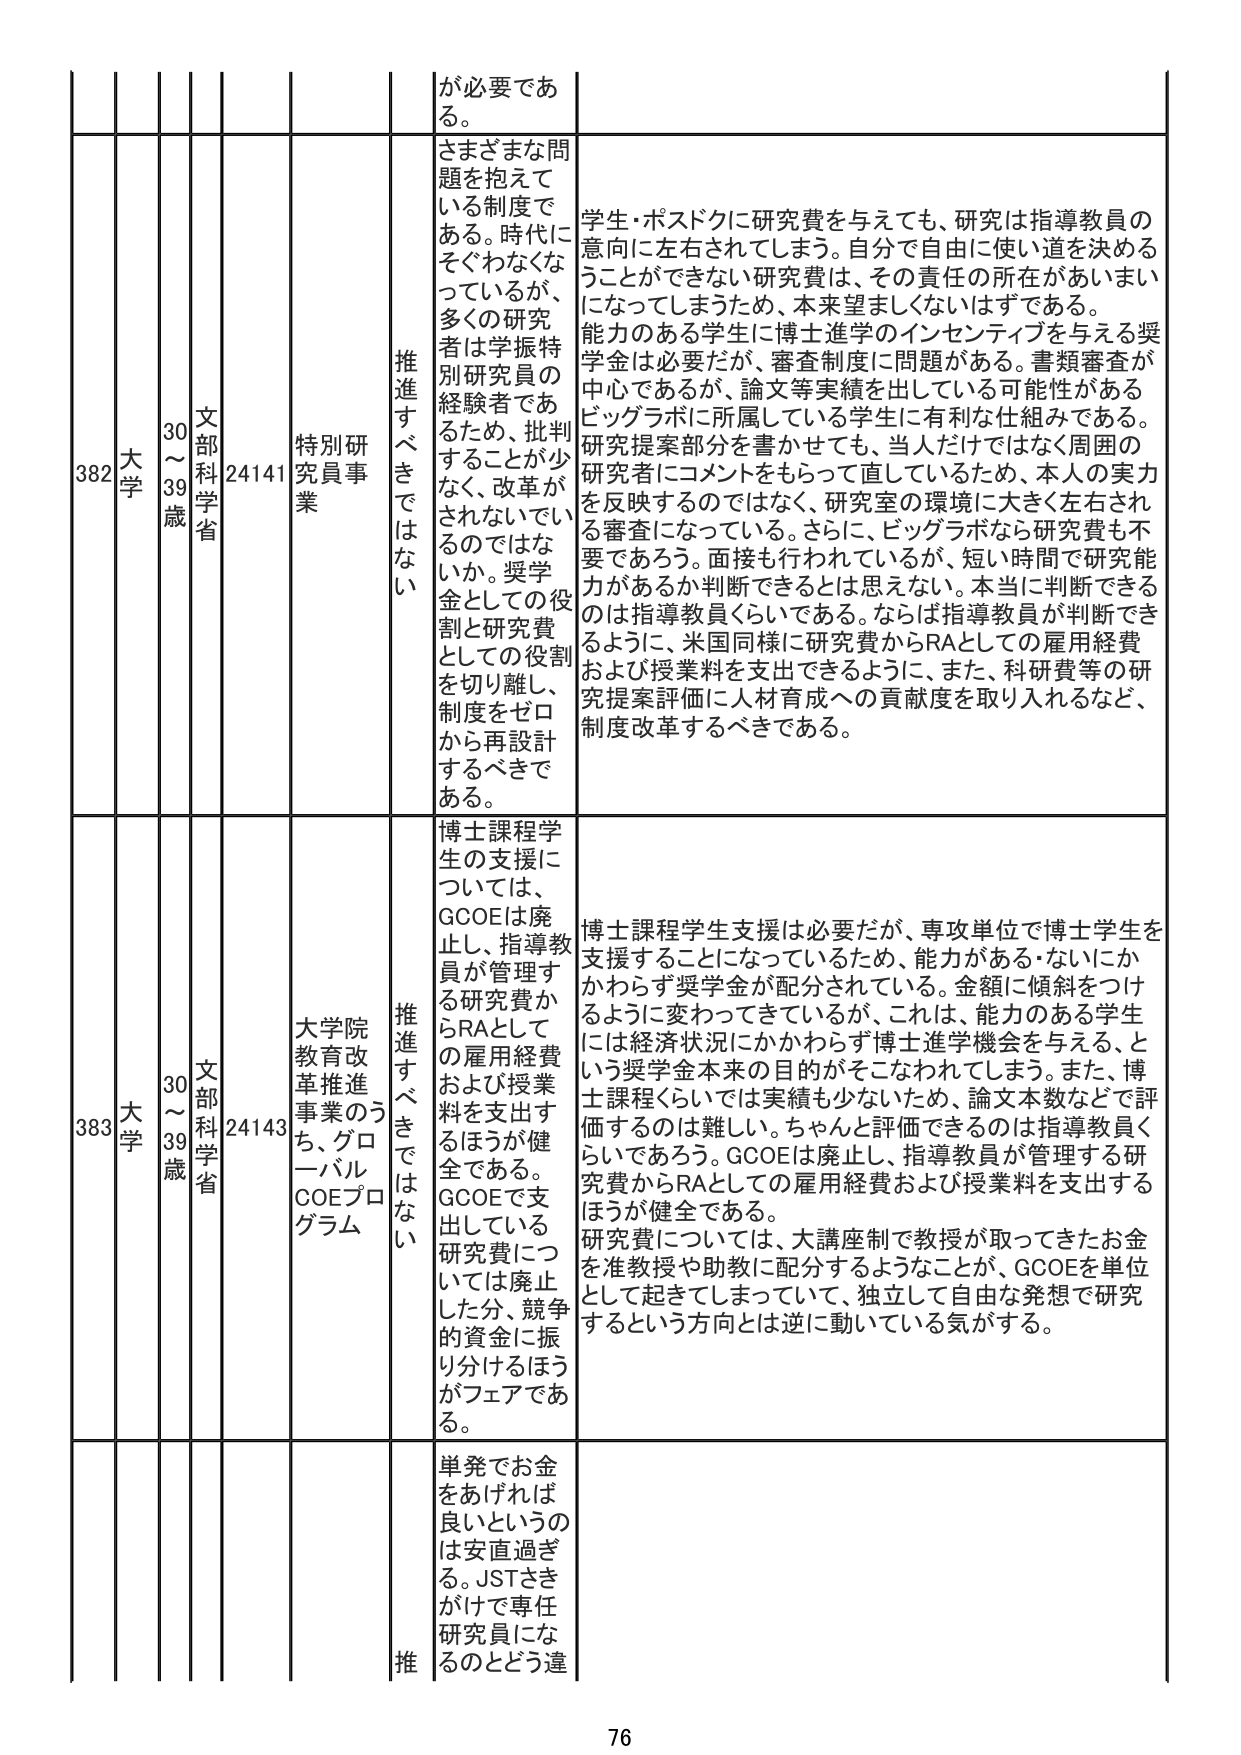
382 大学 30～39歳 文部科学省 24141 特別研究員事業 推進すべきではない さまざまな問題を抱えている制度である。時代にそぐわなくなっているが、多くの研究者は学振特別研究員の経験者であるため、批判することが少なく、改革がされないのではないか。奨学金としての役割と研究費としての役割を切り離し、制度をゼロから再設計するべきである。 学生・ポスドクに研究費を与えても、研究は指導教員の意向に左右されてしまう。自分で自由に使い道を決めることができない研究費は、その責任の所在があいまいになってしまうため、本来望ましくないはずである。能力のある学生に博士進学のインセンティブを与える奨学金は必要だが、審査制度に問題がある。書類審査が中心であるが、論文等実績を出している可能性があるビッグラボに所属している学生に有利な仕組みである。研究提案部分を書かせても、当人だけではなく周囲の研究者にコメントをもらって直しているため、本人の実力を反映するのではなく、研究室の環境に大きく左右される審査になっている。さらに、ビッグラボなら研究費も不要であろう。面接も行われているが、短い時間で研究能力があるか判断できるとは思えない。本当に判断できるのは指導教員くらいである。ならば指導教員が判断できるように、米国同様に研究費からRAとしての雇用経費および授業料を支出できるように、また、科研費等の研究提案評価に人材育成への貢献度を取り入れるなど、制度改革するべきである。

383 大学 30～39歳 文部科学省 24143 大学院教育改革推進事業のうち、グローバルCOEプログラム 推進すべきではない 博士課程学生の支援については、GCOEは廃止し、指導教員が管理する研究費からRAとしての雇用経費および授業料を支出するほうが健全である。GCOEで支出している研究費については廃止した分、競争的資金に振り分けるほうがフェアである。 博士課程学生支援は必要だが、専攻単位で博士学生を支援することになっているため、能力がある・ないにかかわらず奨学金が配分されている。金額に傾斜をつけるように変わってきているが、これは、能力のある学生には経済状況にかかわらず博士進学機会を与える、という奨学金本来の目的がそこなわれてしまう。また、博士課程くらいでは実績も少ないため、論文本数などで評価するのは難しい。ちゃんと評価できるのは指導教員くらいであろう。GCOEは廃止し、指導教員が管理する研究費からRAとしての雇用経費および授業料を支出するほうが健全である。研究費については、大講座制で教授が取ってきたお金を准教授や助教に配分するようなことが、GCOEを単位として起きてしまっていて、独立して自由な発想で研究するという方向とは逆に動いている気がする。

単発でお金をあげれば良いというのは安直過ぎる。JSTさきがけで専任研究員になるのとどう違 推 76